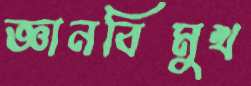
জ্ঞানবিমুখ